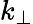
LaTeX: k_{\perp}